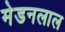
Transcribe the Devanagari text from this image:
मेडनलाल